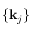
\{ \mathbf { k } _ { j } \}